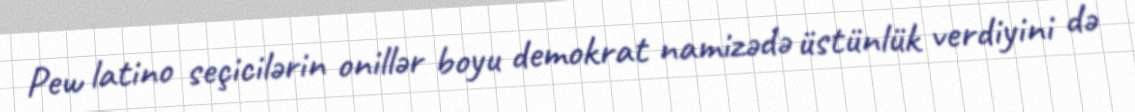
Pew latino seçicilərin onillər boyu demokrat namizədə üstünlük verdiyini də